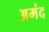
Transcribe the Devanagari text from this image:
अमंद